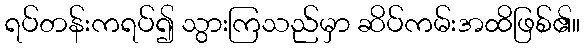
ရပ်တန်းကရပ်၍ သွားကြသည်မှာ ဆိပ်ကမ်းအထိဖြစ်၏။